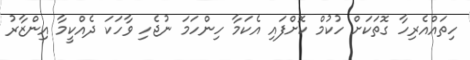
ހިތައްއެރިހާ ގޮތަކަށް ހުކުމް ކޮށްފައި އެކަމާ ހިންހަމަ ނުޖެހި ވާހަކަ ދެއްކީމާ އިންޒާރު